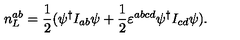
n _ { L } ^ { a b } = \frac 1 2 ( \psi ^ { \dagger } I _ { a b } \psi + \frac 1 2 \varepsilon ^ { a b c d } \psi ^ { \dagger } I _ { c d } \psi ) .